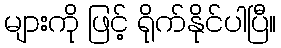
များကို ဖြင့် ရိုက်နိုင်ပါပြီ။